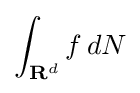
\int _{{\textbf {R}}^{d}}f\,d{N}